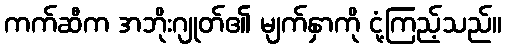
ကက်ဆီက အဘိုးဂျုတ်၏ မျက်နှာကို ငုံ့ကြည့်သည်။